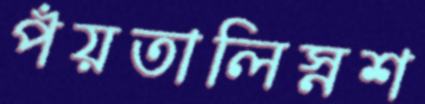
পঁয়তালিস্নশ